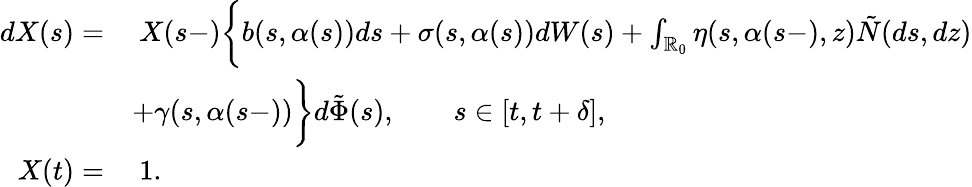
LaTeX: \begin{array}{rl}{dX(s)=}&{\ X(s-)\biggl\{ b(s,\alpha(s))ds+\sigma(s,\alpha(s))dW(s)+\int_{\mathbb{R}_{0}}\eta(s,\alpha(s-),z)\tilde{N}(ds,dz)}\\ &{+\gamma(s,\alpha(s-))\biggr\} d\tilde{\Phi}(s),\qquad s\in[t,t+\delta],}\\ {X(t)=}&{\ 1.}\end{array}